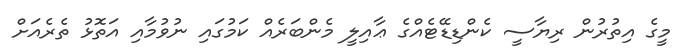
މީގެ އިތުރުން ރިޔާސީ ކެންޑިޑޭޓެއްގެ ޢާއިލީ މެންބަރެއް ކަމުގައި ނުވުމާއި އަތޮޅު ތެރެއަށް